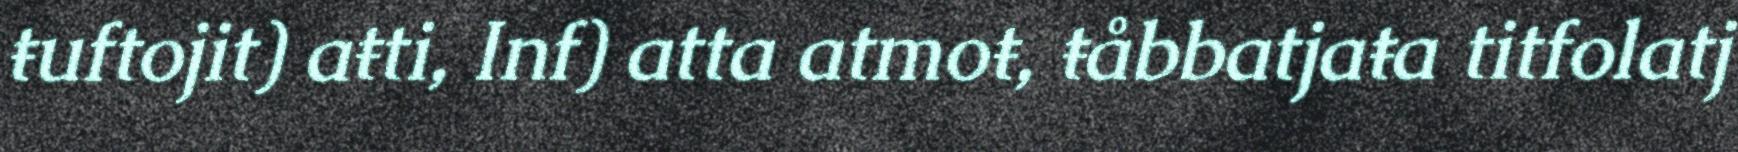
ŧuftojit) aŧti, Inf) atta atmoŧ, ŧåbbatjaŧa titfolatj